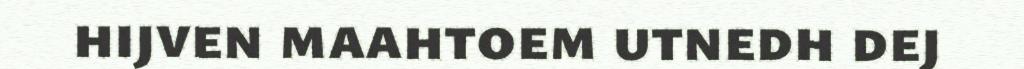
hijven maahtoem utnedh dej